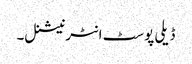
ڈیلی پوسٹ انٹرنیشنل۔